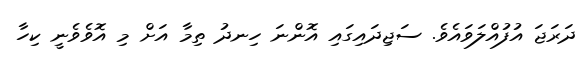
ދަރަޖަ އުފުއްލަވައެވެ. ސަޖިދައިގައި އޮންނަ ހިނދު ތިމާ އަށް މި އޮވެވެނީ ކިހާ